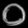
Digit: ၀